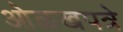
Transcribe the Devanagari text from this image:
ओळखपत्रे